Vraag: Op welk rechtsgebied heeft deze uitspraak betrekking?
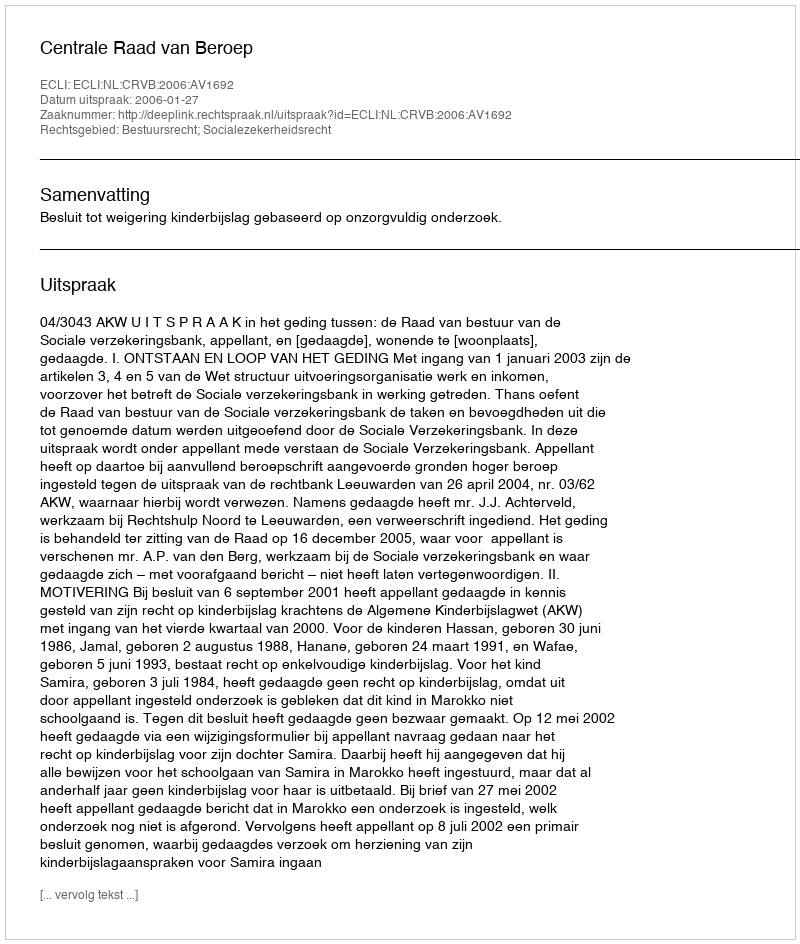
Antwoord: Bestuursrecht; Socialezekerheidsrecht